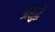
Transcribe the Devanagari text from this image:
अशुद्धे